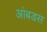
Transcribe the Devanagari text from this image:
आंबडस